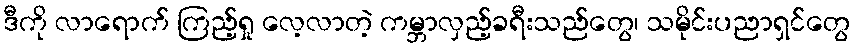
ဒီကို လာရောက် ကြည့်ရှု လေ့လာတဲ့ ကမ္ဘာလှည့်ခရီးသည်တွေ၊ သမိုင်းပညာရှင်တွေ